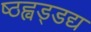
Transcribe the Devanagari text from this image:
ष्ठह्वड्डद्य